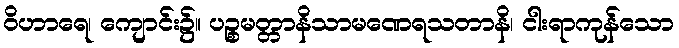
ဝိဟာရေ၊ ကျောင်း၌။ ပဉ္စမတ္တာနိသာမဏေရသတာနိ၊ ငါးရာကုန်သော